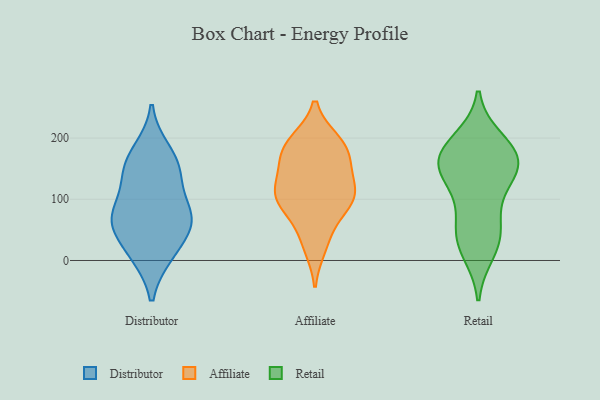
{"axis": {"x": "LTV (USD)", "y": "Value"}, "legend": ["Affiliate", "Distributor", "Retail"], "data": [{"x": "", "y": 76, "type": "Distributor"}, {"x": "", "y": 138, "type": "Distributor"}, {"x": "", "y": 10, "type": "Distributor"}, {"x": "", "y": 159, "type": "Distributor"}, {"x": "", "y": 179, "type": "Distributor"}, {"x": "", "y": 140, "type": "Distributor"}, {"x": "", "y": 58, "type": "Distributor"}, {"x": "", "y": 66, "type": "Distributor"}, {"x": "", "y": 64, "type": "Distributor"}, {"x": "", "y": 10, "type": "Distributor"}, {"x": "", "y": 78, "type": "Distributor"}, {"x": "", "y": 23, "type": "Affiliate"}, {"x": "", "y": 187, "type": "Affiliate"}, {"x": "", "y": 131, "type": "Affiliate"}, {"x": "", "y": 95, "type": "Affiliate"}, {"x": "", "y": 113, "type": "Affiliate"}, {"x": "", "y": 108, "type": "Affiliate"}, {"x": "", "y": 39, "type": "Affiliate"}, {"x": "", "y": 100, "type": "Affiliate"}, {"x": "", "y": 152, "type": "Affiliate"}, {"x": "", "y": 86, "type": "Affiliate"}, {"x": "", "y": 168, "type": "Affiliate"}, {"x": "", "y": 194, "type": "Affiliate"}, {"x": "", "y": 194, "type": "Affiliate"}, {"x": "", "y": 103, "type": "Affiliate"}, {"x": "", "y": 172, "type": "Affiliate"}, {"x": "", "y": 160, "type": "Retail"}, {"x": "", "y": 34, "type": "Retail"}, {"x": "", "y": 185, "type": "Retail"}, {"x": "", "y": 38, "type": "Retail"}, {"x": "", "y": 97, "type": "Retail"}, {"x": "", "y": 148, "type": "Retail"}, {"x": "", "y": 196, "type": "Retail"}, {"x": "", "y": 162, "type": "Retail"}, {"x": "", "y": 147, "type": "Retail"}, {"x": "", "y": 60, "type": "Retail"}, {"x": "", "y": 175, "type": "Retail"}, {"x": "", "y": 142, "type": "Retail"}, {"x": "", "y": 15, "type": "Retail"}]}